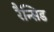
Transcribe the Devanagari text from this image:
रैन्सिड